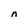
Character: n